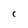
Character: C